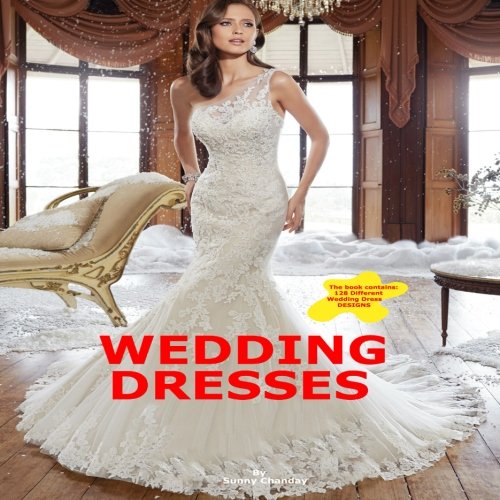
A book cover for Wedding Dresses; Sunny Chanday; Crafts, Hobbies & Home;